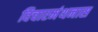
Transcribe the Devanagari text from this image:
विचारमंथनास